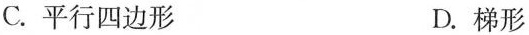
C.平行四边形 D.梯形